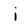
Character: i